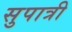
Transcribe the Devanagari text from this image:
सुपात्री